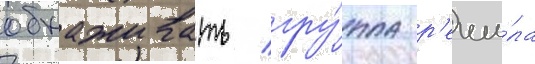
обхаживать / гру́ппа р'еши́ла